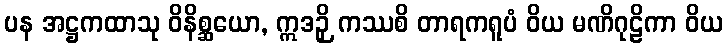
ပန အဋ္ဌကထာသု ဝိနိစ္ဆယော, ဣဒဉှိ ကဿစိ တာရကရူပံ ဝိယ မဏိဂုဠိကာ ဝိယ